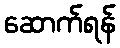
ဆောက်ရန်